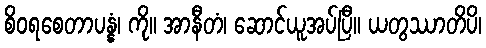
စိဝရစေတာပန္နံ၊ ကို။ အာနီတံ၊ ဆောင်ယူအပ်ပြီ။ ယတွဿာတိပိ၊